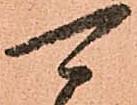
可